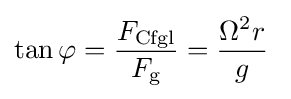
\tan \varphi ={\frac {F_{\mathrm {Cfgl} }}{F_{\mathrm {g} }}}={\frac {\Omega ^{2}r}{g}}\